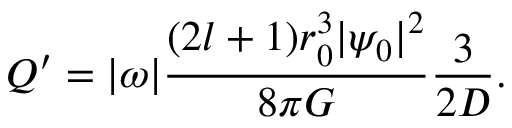
Q ^ { \prime } = | \omega | \frac { ( 2 l + 1 ) r _ { 0 } ^ { 3 } | \psi _ { 0 } | ^ { 2 } } { 8 \pi G } \frac { 3 } { 2 D } .